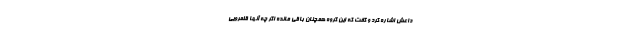
داعش اشاره کرد و گفت که این گروه همچنان باقی مانده اگر چه آنها قلمرویی